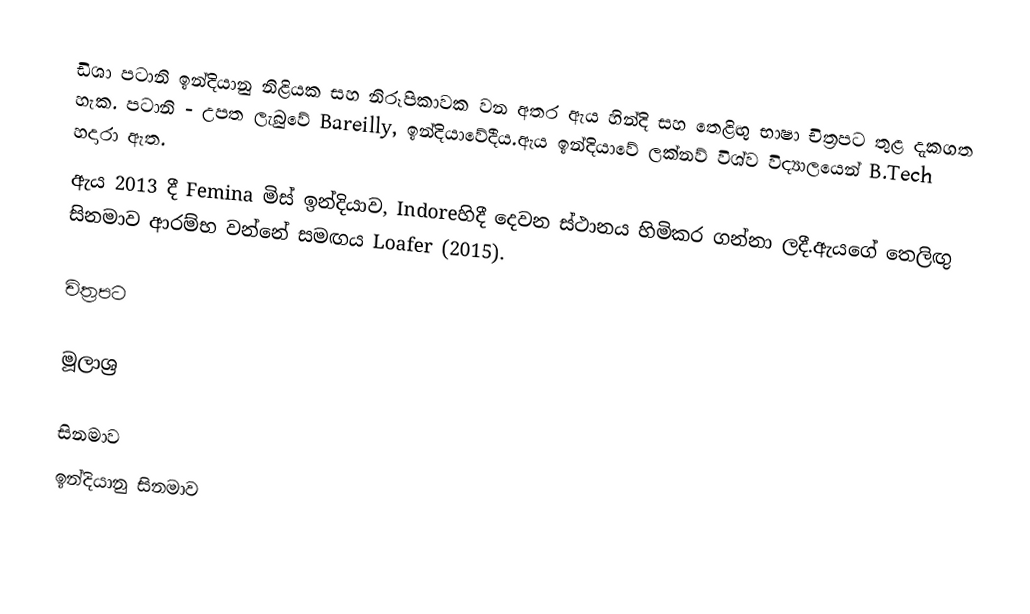
ඩිශා පටානි ඉන්දියානු නිළියක සහ නිරූපිකාවක වන අතර ඇය හින්දි සහ තෙළිඟු භාෂා චිත්‍රපට තුළ දැකගත හැක. පටානි -  උපත ලැබුවේ Bareilly, ඉන්දියාවේදීය.ඇය ඉන්දියාවේ ලක්නව් විශ්ව විද්‍යාලයෙන් B.Tech හදාරා ඇත.
ඇය 2013 දී Femina මිස් ඉන්දියාව, Indoreහිදී  දෙවන ස්ථානය හිමිකර ගන්නා ලදී.ඇයගේ තෙලිඟු සිනමාව ආරම්භ වන්නේ සමඟය Loafer (2015).

චිත්‍රපට

මූලාශ්‍ර

සිනමාව
ඉන්දියානු සිනමාව